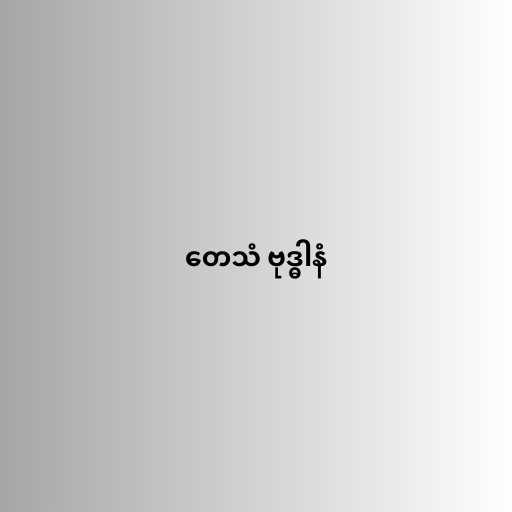
တေသံ ဗုဒ္ဓါနံ